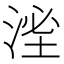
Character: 㳴